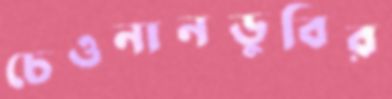
চেওনানডুবির